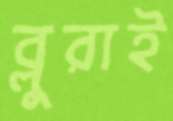
ব্লুরাই